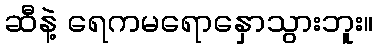
ဆီနဲ့ ရေကမရောနှောသွားဘူး။